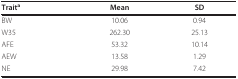
<table><thead><tr><td><b>Trait<sup>a</sup></b></td><td><b>Mean</b></td><td><b>SD</b></td></tr></thead><tbody><tr><td>BW</td><td>10.06</td><td>0.94</td></tr><tr><td>W35</td><td>262.30</td><td>25.13</td></tr><tr><td>AFE</td><td>53.32</td><td>10.14</td></tr><tr><td>AEW</td><td>13.58</td><td>1.29</td></tr><tr><td>NE</td><td>29.98</td><td>7.42</td></tr></tbody></table>